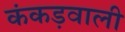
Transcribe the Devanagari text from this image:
कंकड़वाली